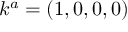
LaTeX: k ^ { a } = ( 1 , 0 , 0 , 0 )